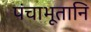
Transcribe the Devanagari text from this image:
पंचाभूतानि